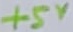
Text: +5V